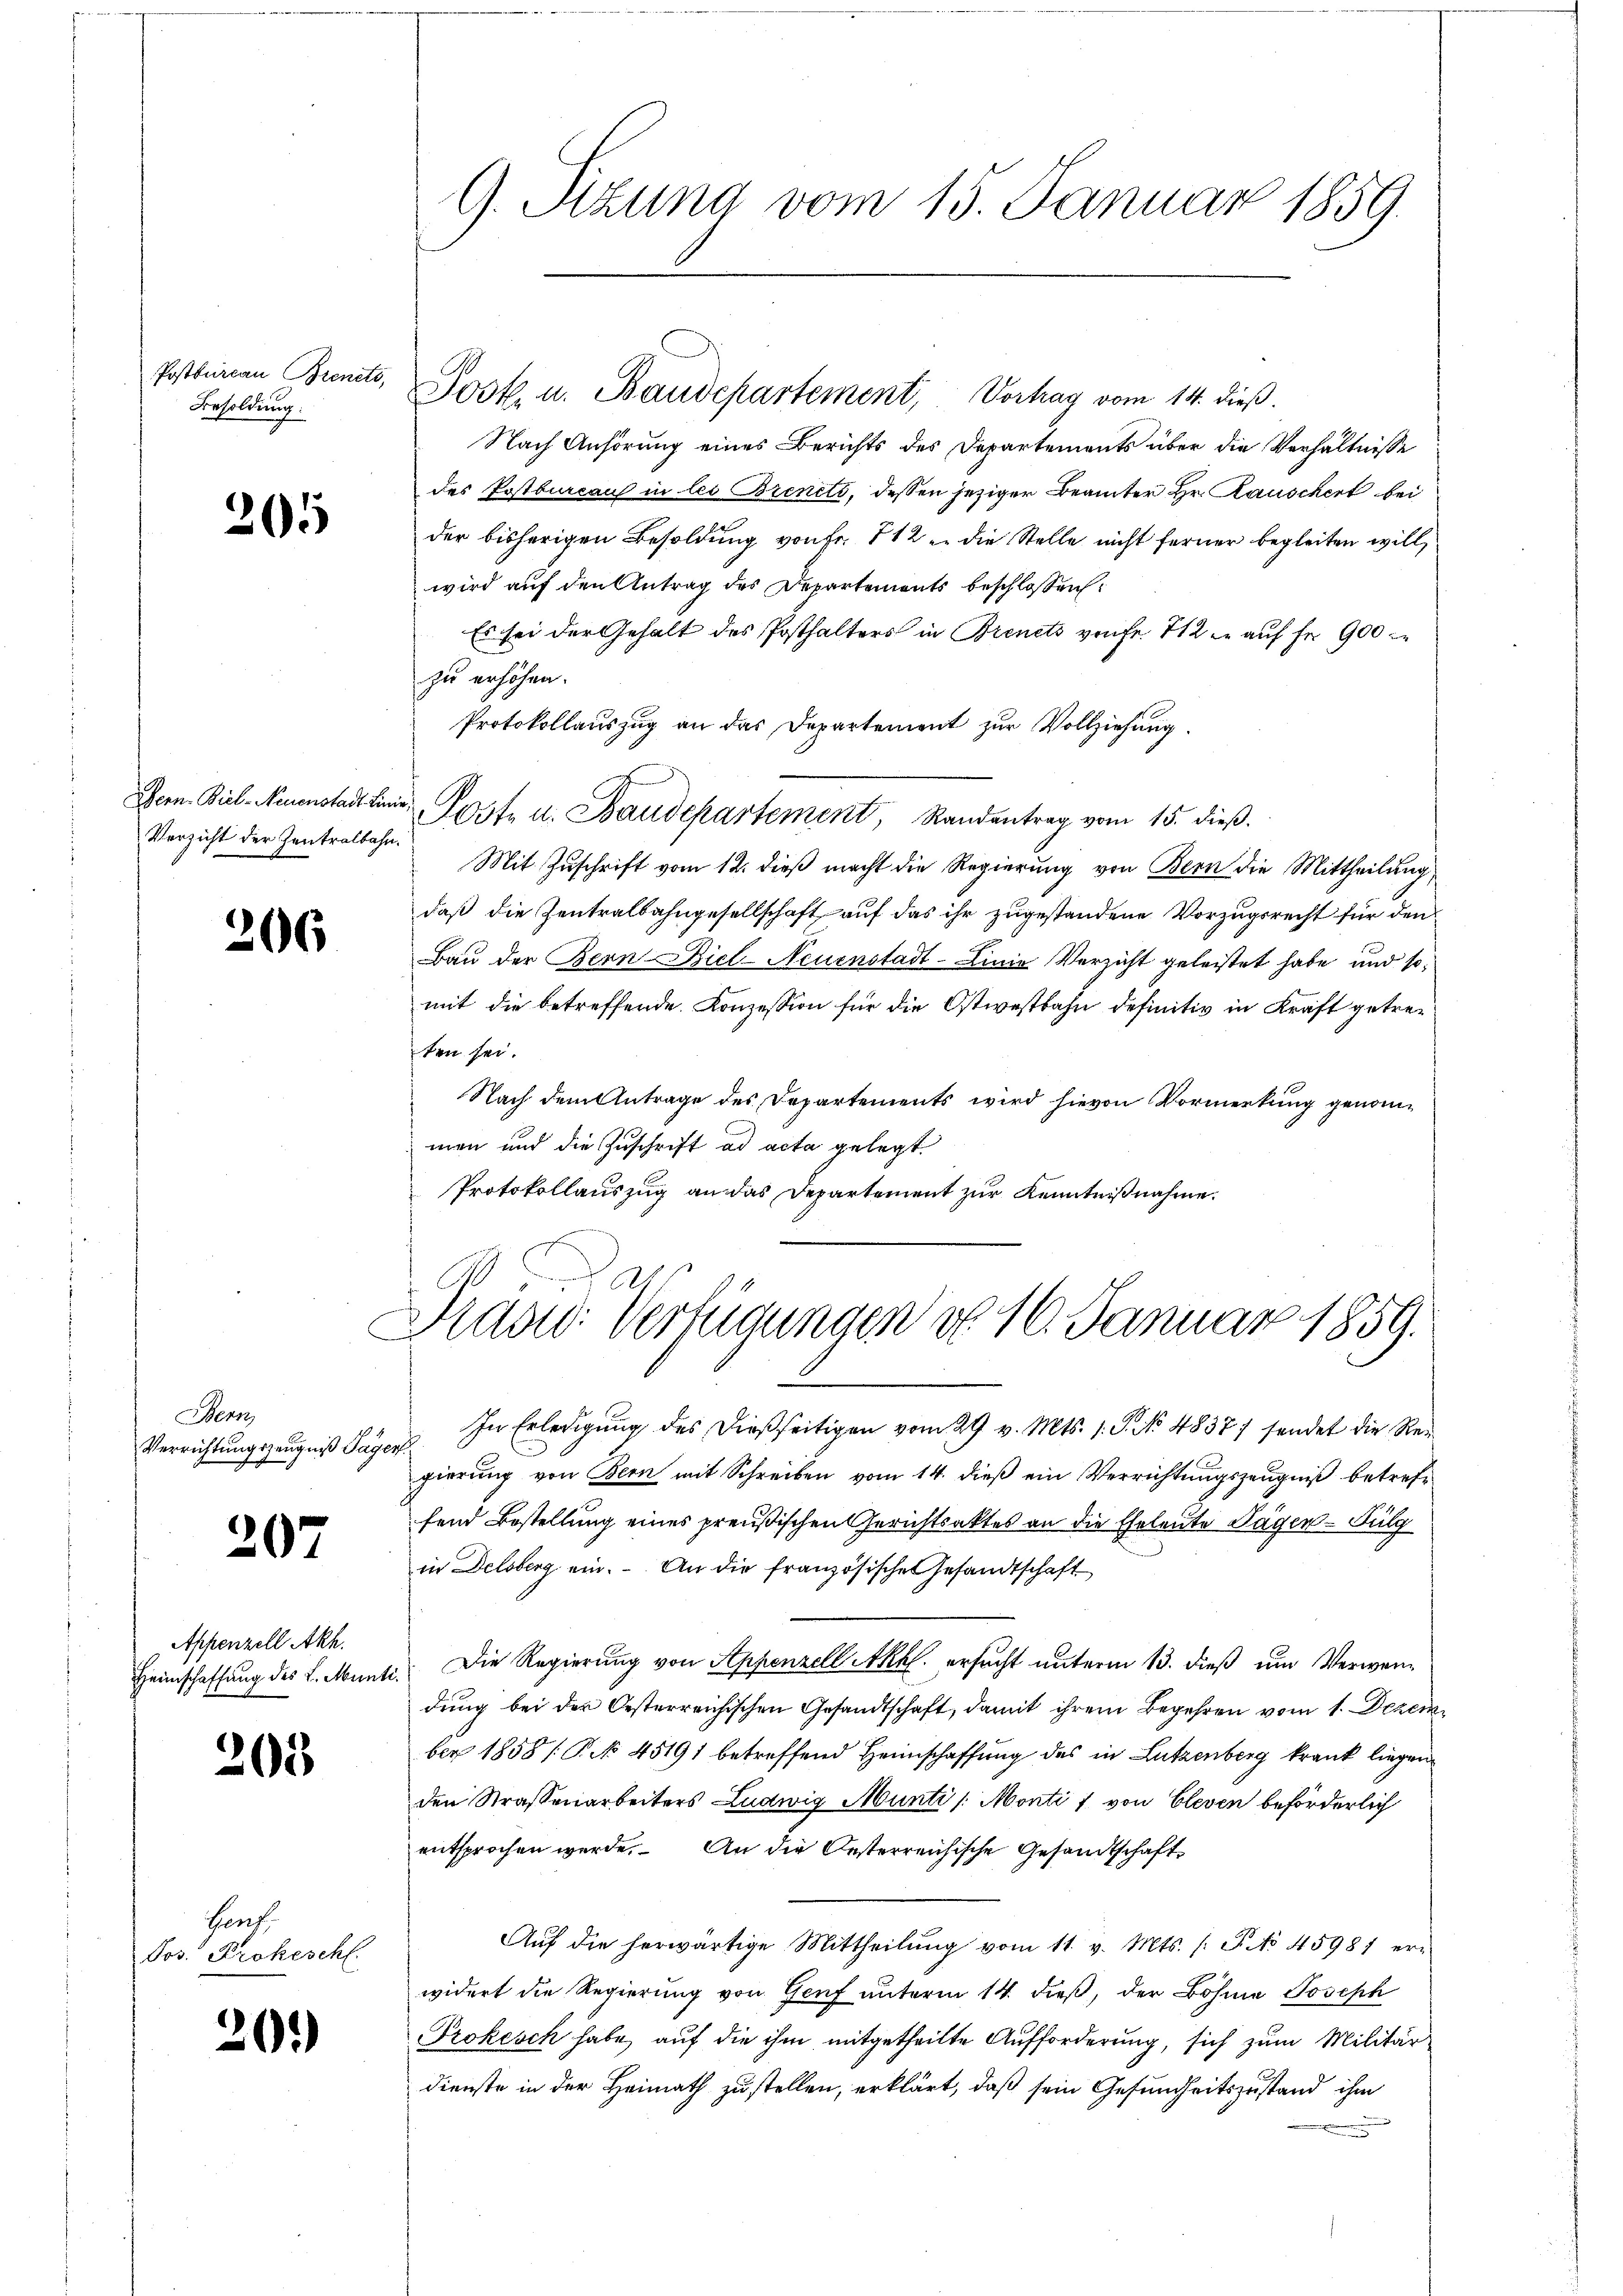
Postbureau Bienets,
Besoldung:

205

Verzicht der Zentralbahn.

206

Bern,
Verrichtungszeugniß Tag
e

207

Appenzell Akh.

20

Genf
Jos. Prokeschl

20.)

9. Sitzung vom 15. Januar 1859.

Josk. u. Baudepartement, Vortrag vom 14. dieß.
Nach Anhörung eines Berichts des Departements über die Verhältnisse
des Postbureaus in les Brinets, dessen jeziger Beamter Hr. Rauschert bei
der bisherigen Besoldung von Fr. 712 u. die Stelle nicht ferner begleiten will,
wird auf den Antrag des Departements beschlossen:
Es sei der Gehalt des Posthalters in Brinets von Fr. 712. auf Fr. 900
 zu erhöhen.
Protokollauszug an das Departement zur Vollziehung.
Pern. Bil-Neuenstadt in Post u. Baudepartement, Randentrag vom 15. dieβ.
Mit Zuschrift vom 12. dieß macht die Regierung von Bern die Mittheilung
daß die Zentralbahngesellschaft auf das ihr zugestandene Vorzugsrecht für den
Bau der Bern Biel-Neuenstadt-Linie Verzicht geleistet habe und so
mit die betreffende Konzession für die Ostwestbahn definitiv in Kraft getresten sei.
Nach dem Antrage des Departements wird hievon Vormerkung genommen und die Zuschrift ad acta gelegt
Protokollauszug an das Departement zur Kenntnißnahme.

2
Präsid. Verfügungen d. 16. Januar 1859.

In Erledigung des dießseitigen vom 29 v. Mts. s. S. No 4837/ sendet die Re¬
304.
gierung von Bern mit Schreiben vom 14. dieß ein Verrichtungszeugniß betreffend Bestellung eines preußischen Gerichtsaktes an die Eheleute Lager-Fulg
in Delsberg ein. An die französischen Gesandtschaft
Heimschaffung des L. Munti. Die Regierung von Appenzell Akhl. ersucht unterm 13. dieß um Verwendung bei der Oesterreichischen Gesandtschaft, damit ihrem Begehren vom 1. Dezem
ber 1858 / P. Nr. 45191 betreffend Heimschaffung des in Lützenberg krank liegen
den Strassenarbeiters Ludwig Munti /: Monti & von Cleven beförderlich
entsprochen werde. An die Oesterreichische Gesandtschaft
Aŭf die herwärtige Mittheilŭng vom 11. v. Mts. /: F. No 4598) er-
widert die Regierung von Genf unterm 14. dieß, der Bohne Joseph
Prokesch habe, auf die ihm mitgetheilte Aufforderung, sich zum Militärdienste in der Heimath zustellen, erklärt, daß sein Gesundheitszustand ihm
n